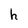
Character: h